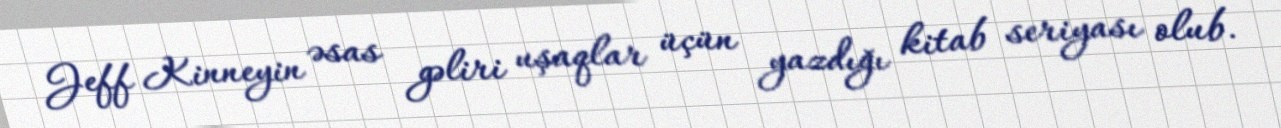
Jeff Kinneyin əsas gəliri uşaqlar üçün yazdığı kitab seriyası olub.